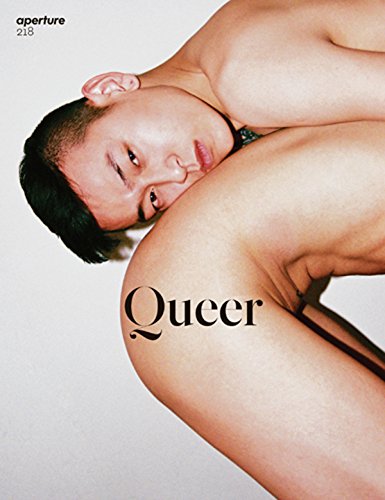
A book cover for Aperture 218: Spring 2015; Arts & Photography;